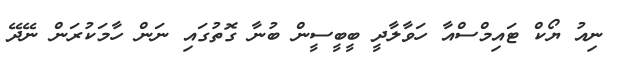
ނިއު ޔޯކް ޓައިމްސްއާ ހަވާލާދީ ބީބީސީން ބުނާ ގޮތުގައި ނަން ހާމަކުރަން ނޭދޭ